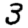
Digit: 3